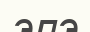
элэ